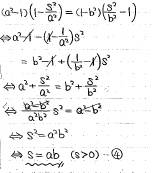
\[\begin{align*}
x^{2}+10x - 4x-40&=0\\
x(x + 10)-4(x + 10)&=0\\
(x + 10)(x - 4)&=0\\
x+10&=0\\
x - 4&=0\\
x&=-10\\
x&=4\\
x_{1}&=-10,\ x_{2}&=4
\end{align*}\]